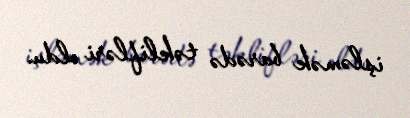
işləmək barədə təklifləri oldu.